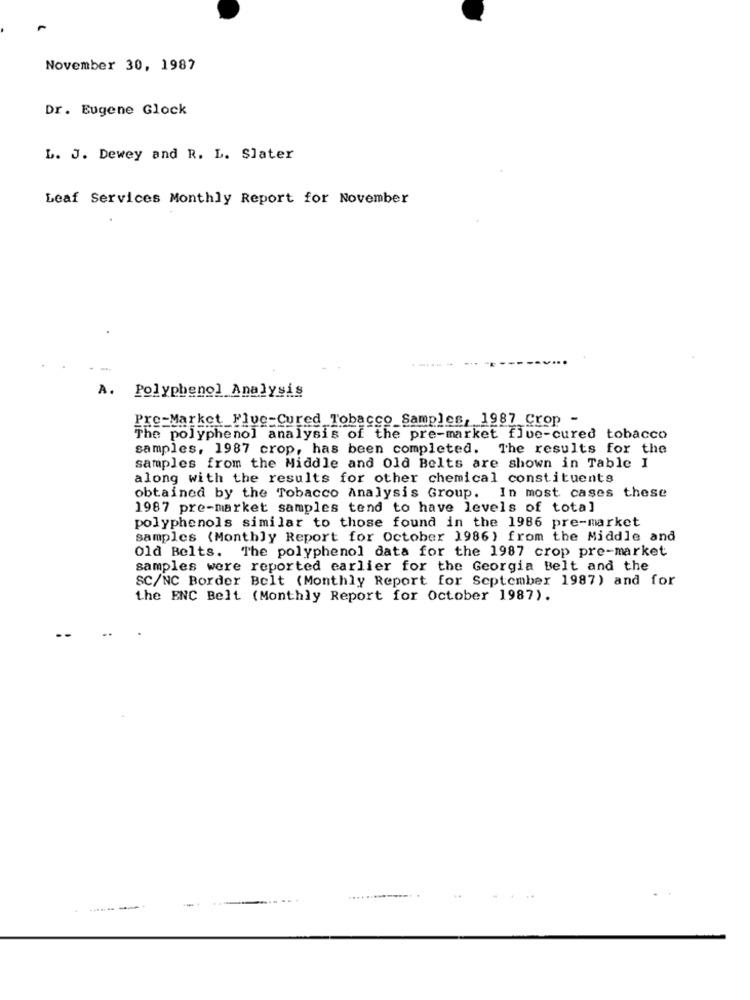
November 30, 1987
Dr. Eugene Glock
L. J. Dewey and R. L. Slater
Leaf Services Monthly Report for November
.-... .
A. Polyphenol Analysis
Pre-Market. Fluc-Cured Tobacco Samples, 1987 Crop -
The polyphenol analysis of the pre-market flue-cured tobacco
samples, 1987 crop, has been completed. The results for the
samples from the Middle and Old Belts are shown in Table I
along with the results for other chemical constituents
obtained by the Tobacco Analysis Group. In most cases these
1987 pre-market samples tend to have levels of total
polyphenols similar to those found in the 1986 pre-market
samples (Monthly Report for October 1986) from the Middle and
Old Belts. The polyphenol data for the 1987 crop pre-market
samples were reported earlier for the Georgia Belt and the
SC/NC Border Belt (Monthly Report for September 1987) and for
the ENC Belt (Monthly Report for October 1987).